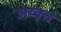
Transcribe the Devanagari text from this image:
अय्क्त्त